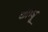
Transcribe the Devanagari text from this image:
खाम्बू